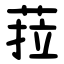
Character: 菈